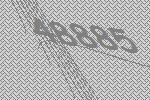
48885